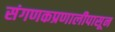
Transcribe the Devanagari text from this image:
संगणकप्रणालीपासून